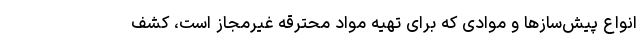
انواع پیش‌سازها و موادی که برای تهیه مواد محترقه غیرمجاز است، کشف